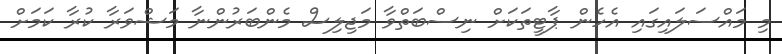
މި މައްސަލައިގައި އެހެން ޕާޓީތަކަށް ނިސްބަތްވާ މަޖިލިސް މެންބަރުންނާ މަޝްވަރާ ކުރާ ކަމަށް